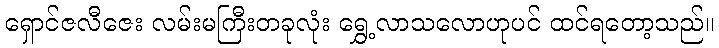
ရှောင်ဇလီဇေး လမ်းမကြီးတခုလုံး ရွှေ့လာသလောဟုပင် ထင်ရတော့သည်။